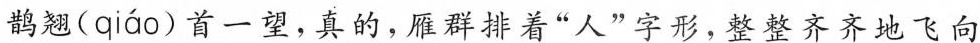
鹊翘( qiáo )首一望，真的，雁群排着”人”字形，整整齐齐地飞向